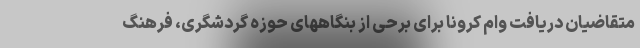
متقاضیان دریافت وام کرونا برای برحی از بنگاههای حوزه گردشگری، فرهنگ